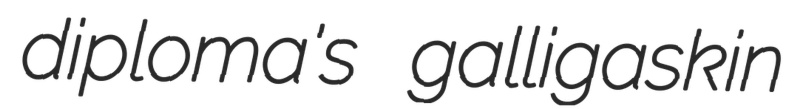
diploma's galligaskin